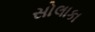
સોલાકા